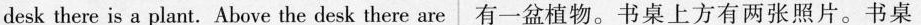
desk there is a plant. Above the desk there are 有一盆植物。书桌上方有两张照片。书桌